Senior Leaving Certificate Examination (including Day School Certificate (Higher) General paper), 1947
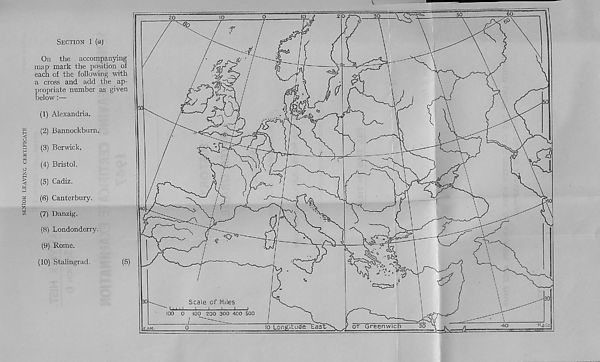
SENIOR LEAVING CERTIFICATE
V
SECTION 1 (a)
On the accompanying
map mark the position of
each of the following with
a cross and add the ap-
propriate number as given
below
(1) Alexandria.
(2) Bannockburn.
(3) Berwick.
(4) Bristol.
(5) Cadiz.
(6) Canterbury.
(71 Danzig.
(8) Londonderry.
(9) Rome.
(10)
Stalingrad.
(5)